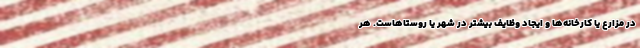
در مزارع یا کارخانه‌ها و ایجاد وظایف بیشتر در شهر یا روستاهاست. هر